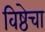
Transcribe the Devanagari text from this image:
विष्ठेचा